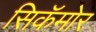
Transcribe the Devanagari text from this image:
सिकॅमोर